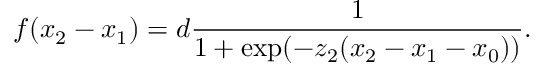
f ( x _ { 2 } - x _ { 1 } ) = d \frac { 1 } { 1 + \exp ( - z _ { 2 } ( x _ { 2 } - x _ { 1 } - x _ { 0 } ) ) } .